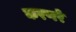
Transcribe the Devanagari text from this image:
करणरे